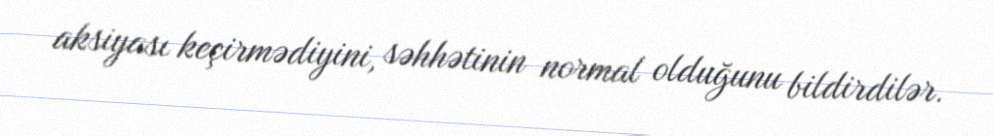
aksiyası keçirmədiyini, səhhətinin normal olduğunu bildirdilər.